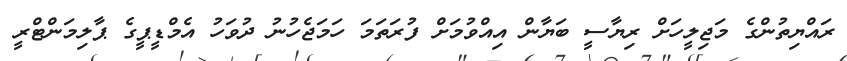
ރައްޔިތުންގެ މަޖިލީހަށް ރިޔާސީ ބަޔާން އިއްވުމަށް ފުރަތަމަ ހަމަޖެހުނު ދުވަހު އެމްޑީޕީގެ ޕާލިމަންޓްރީ